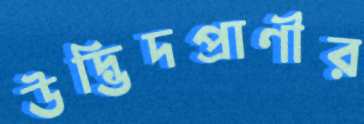
উদ্ভিদপ্রাণীর